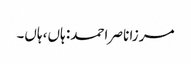
مرزا ناصر احمد: ہاں، ہاں۔